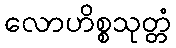
လောဟိစ္စသုတ္တံ